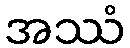
အဿံ